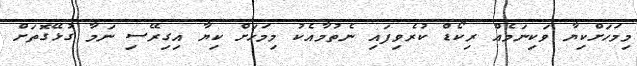
މިމަހަށްކިޔާ ވަކިނަމެއް ރިކޯޑް ކުރެވިފައި ނެތުމާއެކު މިމަހަށް ކިޔާ އިގިރޭސި ނަމާ ގުޅޭގޮތަށް